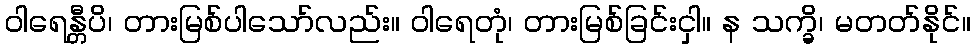
ဝါရေန္တီပိ၊ တားမြစ်ပါသော်လည်း။ ဝါရေတုံ၊ တားမြစ်ခြင်းငှါ။ န သက္ခိ၊ မတတ်နိုင်။